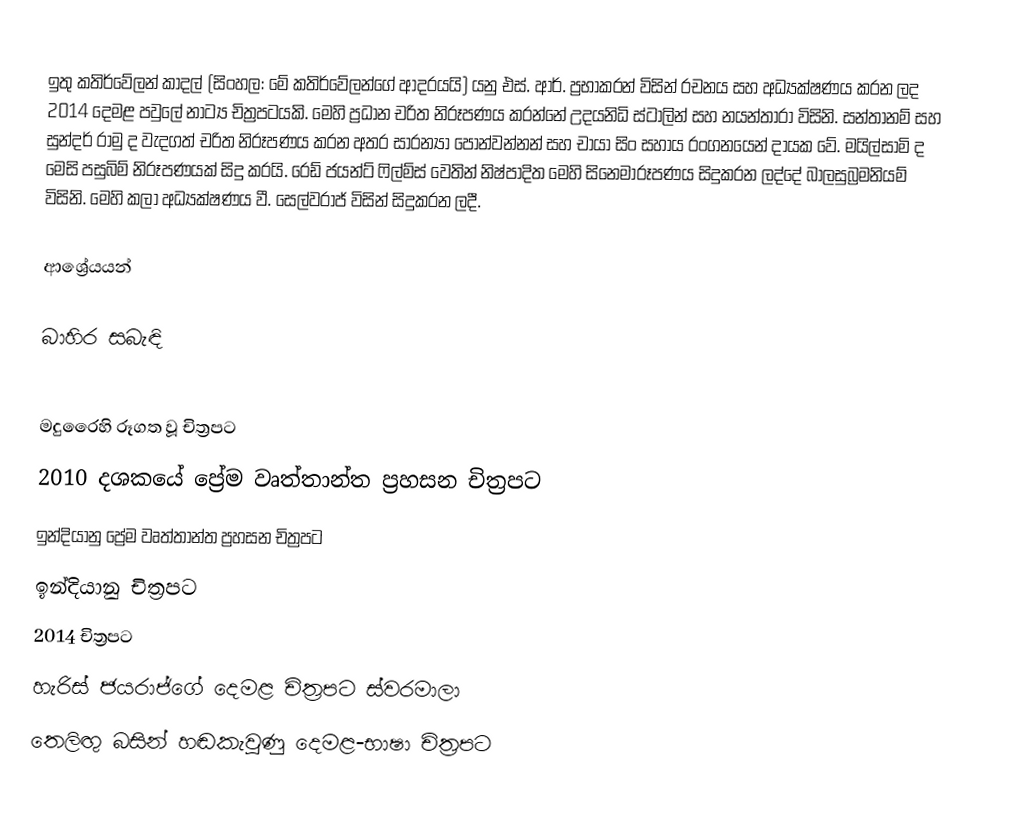
ඉතු කතිර්වේලන් කාදල් (සිංහල: මේ කතිර්වේලන්ගේ ආදරයයි) යනු එස්. ආර්. ප්‍රභාකරන් විසින් රචනය සහ අධ්‍යක්ෂණය කරන ලද 2014 දෙමළ පවුලේ නාට්‍ය චිත්‍රපටයකි. මෙහි ප්‍රධාන චරිත නිරූපණය කරන්නේ උදයනිධි ස්ටාලින් සහ නයන්තාරා විසිනි. සන්තානම් සහ සුන්දර් රාමු ද වැදගත් චරිත නිරූපණය කරන අතර සාරන්‍යා පොන්වන්නන් සහ චායා සිං සහාය රංගනයෙන් දායක වේ. මයිල්සාමි ද මෙසි පසුබිම් නිරූපණයක් සිදු කරයි. රෙඩ් ජයන්ට් ෆිල්ම්ස් වෙතින් නිෂ්පාදිත මෙහි සිනෙමාරූපණය සිදුකරන ලද්දේ බාලසුබ්‍රමනියම් විසිනි. මෙහි කලා අධ්‍යක්ෂණය වී. සෙල්වරාජ් විසින් සිදුකරන ලදී.

ආශ්‍රේයයන්

බාහිර සබැඳි

මදුරෛහි රූගත වූ චිත්‍රපට
2010 දශකයේ ප්‍රේම වෘත්තාන්ත ප්‍රහසන චිත්‍රපට
ඉන්දියානු ප්‍රේම වෘත්තාන්ත ප්‍රහසන චිත්‍රපට
ඉන්දියානු චිත්‍රපට
2014 චිත්‍රපට
හැරිස් ජයරාජ්ගේ දෙමළ චිත්‍රපට ස්වරමාලා
තෙලිඟු බසින් හඬකැවුණු දෙමළ-භාෂා චිත්‍රපට